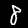
Digit: 8